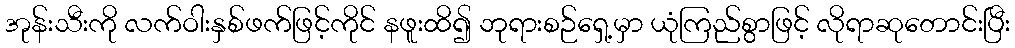
အုန်းသီးကို လက်ဝါးနှစ်ဖက်ဖြင့်ကိုင် နဖူးထိ၍ ဘုရားစဉ်ရှေ့မှာ ယုံကြည်စွာဖြင့် လိုရာဆုတောင်းပြီး